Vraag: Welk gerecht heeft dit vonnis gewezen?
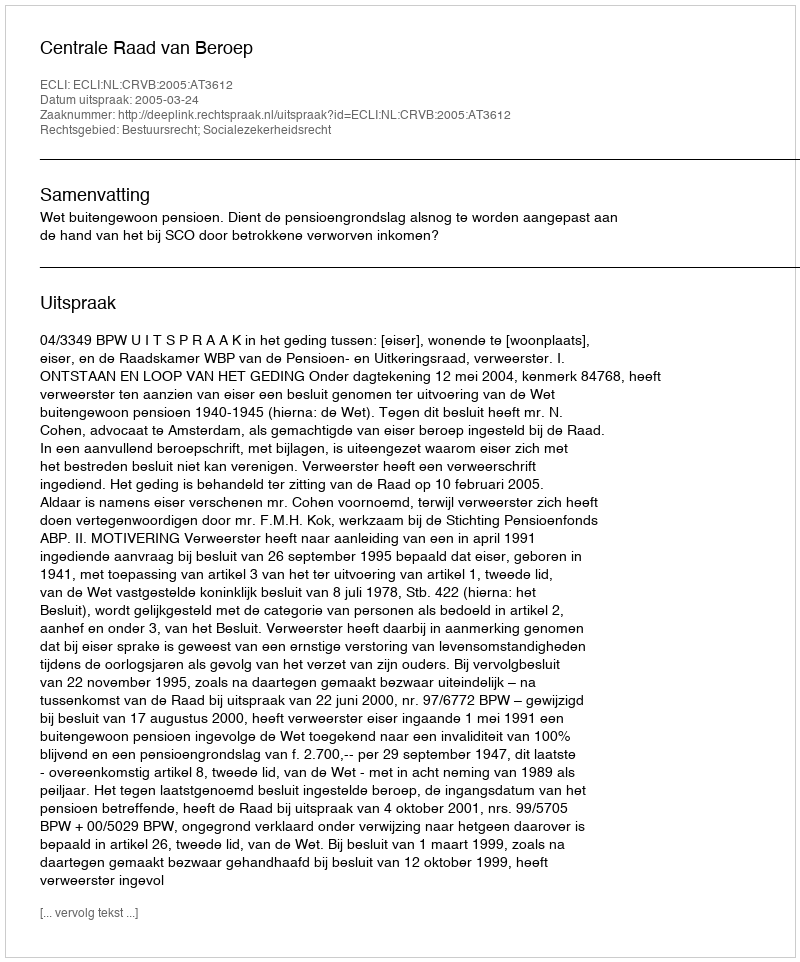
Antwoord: Centrale Raad van Beroep